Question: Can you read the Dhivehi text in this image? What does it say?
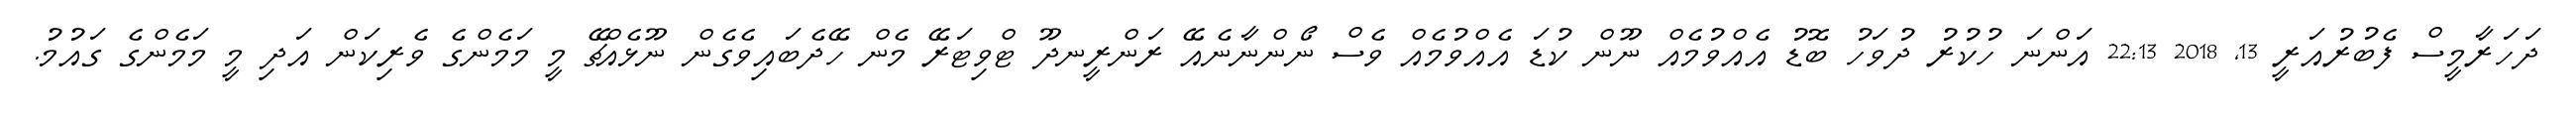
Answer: ދަހަރާމީސް ފެބުރުއަރީ 13, 2018 22:13 އަންނަ ހުކުރު ދުވަހު ބޮޑު އެއްވުމެއް ނޫން ކުޑަ އެއްވުމެއް ވެސް ނޯންނާނެއޭ ރަންރީނދޫ ޓްވިޓަރޭ މެން ހޭދެބައިވެގެން ނޫޅެއްޗޭ މީ މަމެންގެ ވެރިކަން އަދި މީ މަމެންގެ ގައުމު.